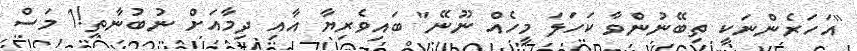
"އަހަރެންނަކީ ތިބޭނުންވާ ކަހަލަ މީހެއް ނޫނޭ" ބައިވެރިޔާ އާއި ދިމާއަށް ނުބުނާތި!1 މަސް